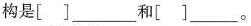
构是[]___和[]___。